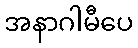
အနာဂါမီပေ